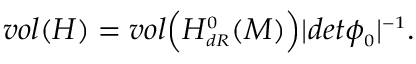
v o l ( H ) = v o l \Bigl ( H _ { \scriptscriptstyle d R } ^ { \scriptscriptstyle 0 } ( M ) \Bigr ) \vert d e t \phi _ { \scriptscriptstyle 0 } \vert ^ { \scriptscriptstyle - 1 } .